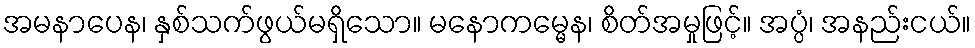
အမနာပေန၊ နှစ်သက်ဖွယ်မရှိသော။ မနောကမ္မေန၊ စိတ်အမှုဖြင့်။ အပ္ပံ၊ အနည်းငယ်။